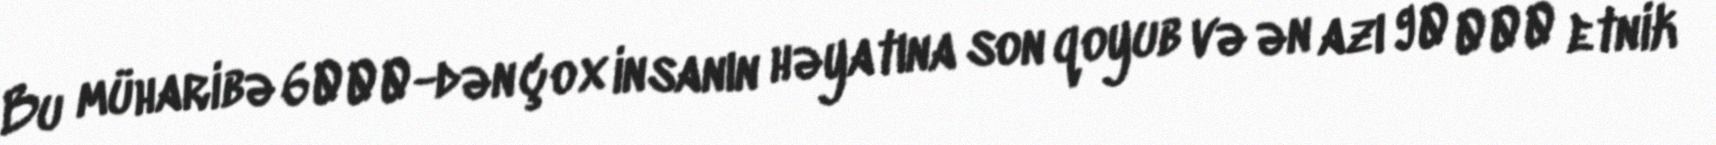
Bu müharibə 6000-dən çox insanın həyatına son qoyub və ən azı 90 000 etnik